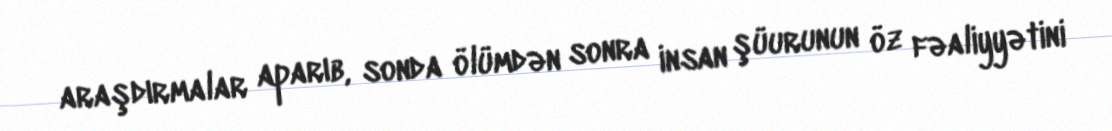
araşdırmalar aparıb, sonda ölümdən sonra insan şüurunun öz fəaliyyətini